Vaccination in Bombay 1869-1873 - 1869-1873
Year: 1869
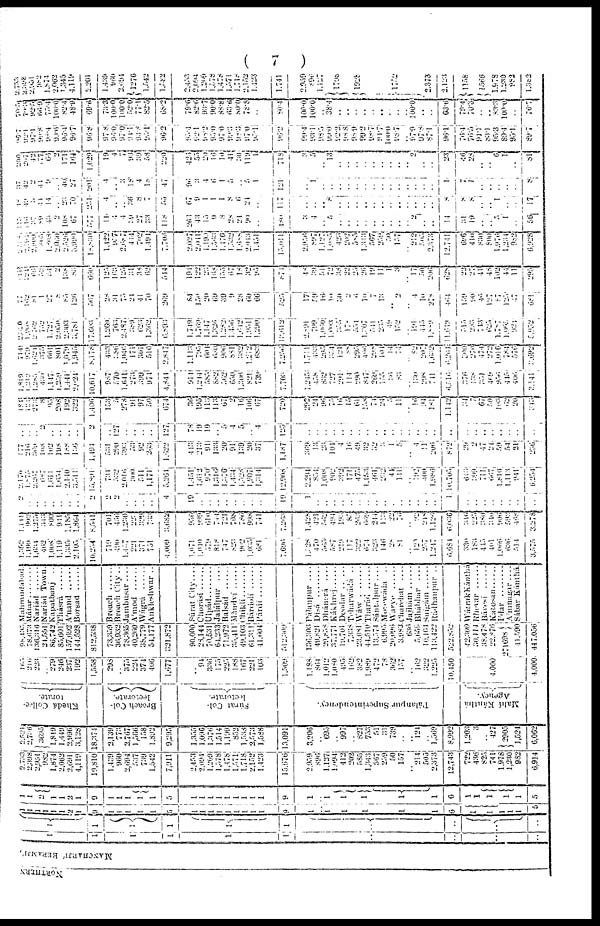
(
7 )
NORTHERN
MANCHARJI' BERAMJI',
1
1
1
1
1
1
..
..
..
1
1
1
1
1
1
..
..
..
1
1
1
1
1
1 1
1
9
1
1
1
1
1
5
1
1
1
1
1
1
1
1
1
9
1
..
1
1
1
1
1
6
1
1
1
1
1
5
1
1
2
1
1
1
1
9
1
1
1
1
1
5
1
1
1
1
1
1
1
1
1
9
1
..
1
1
1
1
1
6
1
1
1
1
1
5
2,733
2,398
2,951
982
1,874
2,062 2,691
4,119
19,810
1,439
960 2,694
537
739
1,542
7,911
2,453
2,094
1,209
1,578
1,478
1,571
1,718
2,152
1,423
15,676
2,959
896
1,127
1,094
412
202
585
1,343
567
259
50
157
.. 214
505
2,373
12,743
722
436
825
741
1,978
1,230
982
6,914
2,521
2,736
3695
1,849
1,449
2,996
3,128
18,374
2,139
773
2,767
1,566
158
1,892
9,295
1,355
1,096
1,376
1,514
1,199
852
1,538
2,573
1,588
13,091
3,206
..
695
.. 997
..
827
753
51
31
739
..
.. 124
.. 1,569
8,992
1,203
3
..
427
2905
1,524
6,062
Khedá Collec-
torate.
Broach Col-
lectorate.
Súrat Col-
lectorate.
Pálanpur Superintendency.
Mahí Kánthá
Agency.
165
216
223
..
279
246
237
192
1,558
298
.. 375
224
374
406
1,677
..
94 336
175
225
188
167
221
103
1,509
1,188
864
1,012
1,080
495
162
382
1,989
472
78
362
157
.. 162
322
1,225
10,450
4,000
4,000.
98,435
78,673
136,316
24,551
86,742
85,601
157,692
144,528
812,538
73,359
36,932 78,365
40,260 38,779
54,177
321,872
90,000
28,144
70,531
64,233
71,972
35,411
49,103
61,311
41,604
512,309
136,303
49,821
29,858
37,771
19,701
7,338
23,081
44,510
13,574
6,995
20,096
3,983
636
5,659
10,164
113,422
522,852
42,300
30,114
38,478
22,876
271698
41,590
447,056
Mahmudabad.
Mátar........
Nariád...... Nariád Town.
Kupatbunj
..
Thásrá
A'nand .......
Borsad .......
Broach ......
Broach City ..
Jambusar ....
A'mod ......
Wágrá
Ankleshwar ..
Súrat City ....
Chorásí ......
Ulpád
Jalálpur
....
Balsád
Màndví
Chiklí
Bárdolí
Párdí
Pálanpur
....
Disá
Dhánerá
....
Kákhrej .....
Deodar
Teharwádá
..
Wáw
Tharád
Sántalpur ....
Motewáda
..
Warye
Charchat
....
Jajhám
Bhábhar
....
Suígám ......
Rádhanpur ..
Wátrak
Kánthá
Rhevar
Bávesi
Katosan
I'dar
A'mnagar....
Sábar Kánthá.
1,392
1,199
1,634
462
1,008
1,119 1,335
2,105
10,254
719
490
1,457
221
37
751
4,009
1,071
1,040
579
818
747
823
902
1,035
681
7,696
1,324
470
565
587
219
117
322
674
323
146
28
81
..
120 257
1,247
6,684
330
183
445
401
1,066
636
514
3,575
1,141
992
1,275
343
800
941
1,185
1,864
8,541
701
456
1,230
223
329
733
3,682
956
999
610
744
721
708
786
998
741
7,263
1,428
421
562
494
193
85
263
669
244
113
22
76
..
92 248
1,126
6,036
346
225
380
340
906
593
468
3,278
2
..
..
..
..
..
..
..
2
2
2
..
..
..
..
4
19
..
..
..
..
..
..
..
..
19
1
..
..
..
..
..
..
..
..
..
..
..
..
..
..
..
1
..
..
..
..
.. 87
..
..
2,170
1,875
2,267
687 1,611
1,634 2,140
3,514
15,891
734
532 2,016
300
511 1,171
5,264
1,451
1,612
970
1,316
1,376
1,434
1,528
1,907
1,314
12,908
2,294
854
1,008
902
392
171
475
1,153
461
232
44
141
.. 192
400
1,986
10,705
613
399
711
667
1,810
1,113
941
6,254
177
216
369
105 102
198 188
156
1,494
531
290 393
53
92 263
1,622
413
213
91
133
20
91
139
20
37
1,187
369
13
23
104
4
16
49
32
32
3 1
5
..
4 11
206
872
29
2
47
24
59
54
21
236
..
..
..
2 ..
..
..
..
2
..
127
..
..
..
..
127
78
19
10
.. 5
4
5
.. 4
125
..
..
..
..
..
..
..
..
..
..
..
..
..
..
..
..
..
..
..
..
..
.. 87
..
..
486
121
273
8
95
208 192
322
1,406
153
5
278
91
97 50
674
36
195
113
113
67
2
16
106
67
720
292
24
96
75 16
15
61
158
74 24
5
11
.. 16
94
181
1,142
34
7
67
50
103
62
20
313
1,819
1,212
1,283
450 1,147
1,259 1,441
2,024
10,617
987
570
1,641
273
399
974
4,844
914
1,214
585
882
562
650
1,306
821
739
7,703
1,245
458
832
727
291
114
290
847
269
155
36 83
..
130 298
711
6,516
376
738
351
469
956
445
406
3,141
714
979
1,621
375 661
801 1,079
1,945
8,178
433
386 1,046
171
301 510
2,847
1,113
795
604
680
906 881
382
1,212
683
7,256
1,711
433
295
324
121 88
295
496
298 101
14
74
..
82
207
1,632
6,204
300
270 474
272
1,016
784
576
3,692
2,320
1,905
2,162
752
1,727
2,050 2,303
3,781
17,603
4,269
763
2,487
389
623
1,362
6,893
1,749
1,769
1,147
1,326
1,282 1,456
1,642 1,951
1,290
13,612
2,891
799
1,060
1,003
355
178
551
1,207
541 235
49 152
..
191
445
1,889
11,613
345
233 713
625 1,787
1,065
921
5,952
77
162
81
1
27
8 85
126
567
28
31
75
21
41 70
269
84
150
20
69
39 9
28 60
66
525
17
59
16
10
30
2
6 10
7
13
.. 2
.. 4
10
278
464
159
90 46
127
87
125
47
681
141
124
65
52
54
2 138
83
660
125
163
123
31 38
62
544
194
122
23
168
155
67
18 32
95
874
48
39
51
72
38
22
25
26
19
11
1
3
..
17 50
206
628
22
27 41
48
102
44 11
295
2,318
2,194
2,909 805
1,808
2,060 2,526
3,999
18,830
1,422
977 2,687
444
702 1,491
7,706
2,027
2,041
1,190
1,563
1,176
1,532
1,688 2,043
1,451
15,011
2,956
897
1,127
1,085
423
202
585
1,313
567
259
50
157
..
212
505
2,373
12,741
696
410 830
800 1,976
1,234
982
6,928
115
116
37
89
43
2
108
67
577
11
4
4
39
27
33
118
263
43
15
9
8
28
24 90
..
480
3
4
..
5
..
..
..
..
..
..
..
..
.. 2
..
..
14
31
19
..
.. 5
1
..
56
18
49
3
41
14
..
23
70
231
4
..
..
36
8
7
55
67
9
1
1 1
8
6 24
..
117
..
..
..
8
..
..
..
..
..
..
..
..
..
..
..
..
8
8
8
..
..
1
..
..
17
37
42
2
44 9
..
40
27
201
4
..
3
18
4
18
47
96
3
4
6
1
5
..
5
1
121
..
1
..
..
..
..
..
..
..
..
..
..
..
..
..
..
1
7
1
..
..
87
.. ..
8
200
207
42 177
66
2 171
164
1,029
19
4
7
93
39
58
220
426
55
20
16
10
41
30
119
1
718
3
5
..
13
.. ..
..
..
..
..
..
..
..
2 ..
..
23
46
28
..
.. 6
1
..
81
96.7
92.1
97.1
99.8
98.4
99.6 96.4
96.7
96.8
97.8
96.0 97.0
94.1
94.8
95.1
96.2
95.4.
92.1 98.2
95.0 97.0
93.3
98.3
97.0
95.1
96.2
99.4
93.1
98.5
99.0
92.2
98.8
98.9
99.2
98.7 94.7
100.0
98.7
..
97.9
97.8
87.1
96.1
76.4
76.5
91.1
83.1
95.3
89.4
93.1
89.7
70.5
70.3
92.5
66.9
75.4
100.0 82.4
48.9
69.6
73.3
100.0
100.0
52.0
77.1
82.5
68.2
79.6
82.6
93.7
90.0
88.8
63.6
80.0
78.8
..
80.4
100.0
100.0
..
38.4
..
..
..
..
..
..
..
..
..
100.0
..
..
63.6
79.4
70.3
..
..
83.3
100.0
..
76.7
2,733
2,398 2,954
982 1,874
2,062
1,345
4,149
2,201
1,439
960
2,694 1276
1,542
1,582
2,453
2,094
1,209
1,578
1,478
1,571
1,718
2,152
1,423
1,741
2,959
896
1,127
1708
1928
1752
2,373
2,123
1158
1566
1,978
1,230
982
1,382